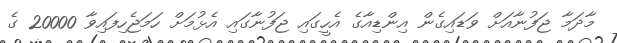
މާދަމާ ޖަފުނާއަށް ވަޑައިގެން އިންޑިއާގެ އެހީގައި ޖަފުނާގައި އެޅުމަށް ހަމަޖެހިފައިވާ 20000 ގެ